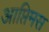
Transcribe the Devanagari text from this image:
आप्तिमस